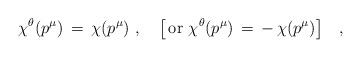
LaTeX: \begin{align*}\chi^\theta(p^\mu) \,=\,\chi(p^\mu)\,\,,\quad\big[\,\mbox{or}\,\,\chi^\theta(p^\mu) \,=\,-\,\chi(p^\mu)\big]\quad,\end{align*}